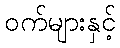
ဝက်များနှင့်